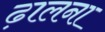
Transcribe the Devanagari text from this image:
ढ़ालना